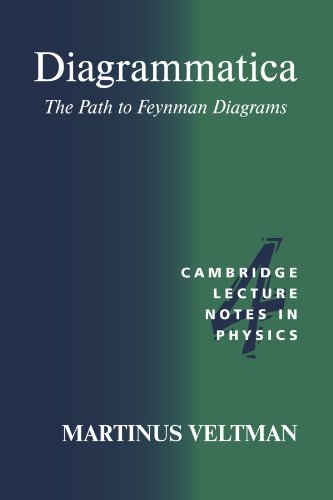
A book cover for Diagrammatica: The Path to Feynman Diagrams (Cambridge Lecture Notes in Physics); Martinus Veltman; Science & Math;